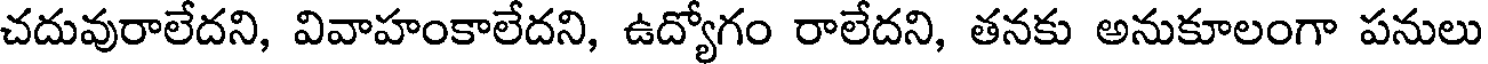
చదువురాలేదని, వివాహంకాలేదని, ఉద్యోగం రాలేదని, తనకు అనుకూలంగా పనులు